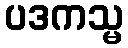
ပဒကသ္မ